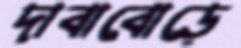
দাবাবোড়ে